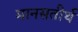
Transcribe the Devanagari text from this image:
मानसतीर्थ